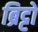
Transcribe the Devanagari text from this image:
ब्रिट्टो